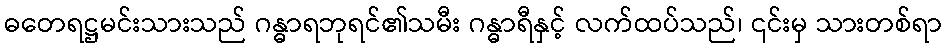
ဓတေရဋ္ဌမင်းသားသည် ဂန္ဓာရဘုရင်၏သမီး ဂန္ဓာရီနှင့် လက်ထပ်သည်၊ ၎င်းမှ သားတစ်ရာ